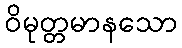
ဝိမုတ္တမာနသော